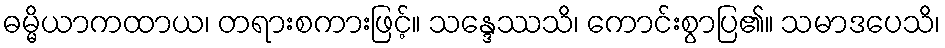
ဓမ္မိယာကထာယ၊ တရားစကားဖြင့်။ သန္ဒေဿသိ၊ ကောင်းစွာပြ၏။ သမာဒပေသိ၊